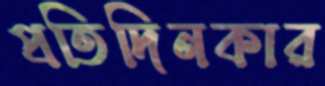
প্রতিদিনকার